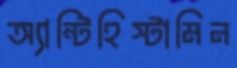
অ্যান্টিহিস্টামিন